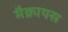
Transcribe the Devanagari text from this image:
मैक्रापस